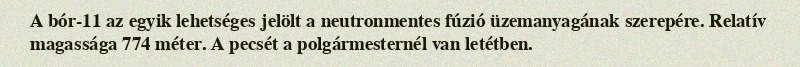
A bór-11 az egyik lehetséges jelölt a neutronmentes fúzió üzemanyagának szerepére. Relatív magassága 774 méter. A pecsét a polgármesternél van letétben.